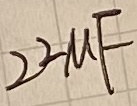
Text: 22µF